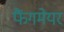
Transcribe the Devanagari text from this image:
फैंगमेयर